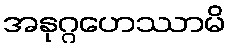
အနုဂ္ဂဟေဿာမိ